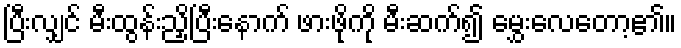
ပြီးလျှင် မီးထွန်းညှိပြီးနောက် ဖားဖိုကို မီးဆက်၍ မွှေးလေတော့၏။